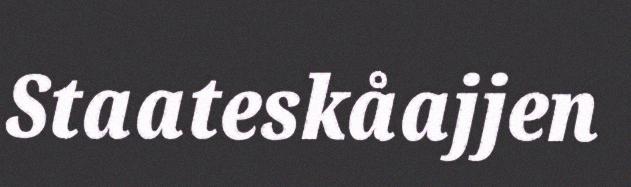
Staateskåajjen